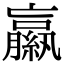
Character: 𦆁